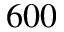
6 0 0